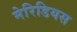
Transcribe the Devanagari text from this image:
मेरिडियस